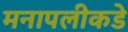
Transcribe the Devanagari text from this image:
मनापलीकडे